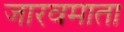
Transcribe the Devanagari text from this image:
जारवमाता